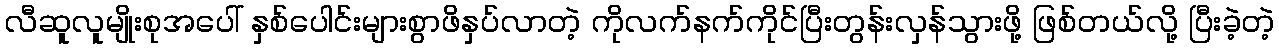
လီဆူလူမျိုးစုအပေါ် နှစ်ပေါင်းများစွာဖိနှပ်လာတဲ့ ကိုလက်နက်ကိုင်ပြီးတွန်းလှန်သွားဖို့ ဖြစ်တယ်လို့ ပြီးခဲ့တဲ့